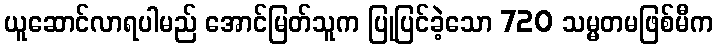
ယူဆောင်လာရပါမည် အောင်မြတ်သူက ပြုပြင်ခဲ့သော 720 သမ္မတမဖြစ်မီက